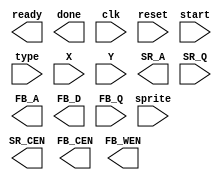
module SGDE ( ready, done, clk, reset, sprite, start, type, X, Y, SR_CEN, SR_A, SR_Q, FB_CEN, FB_WEN, FB_A, FB_D, FB_Q);

input clk, reset, sprite, start;
input [1:0] type;
input [5:0] X, Y;
input [12:0] SR_Q;
input [11:0] FB_Q;

output ready, done;
output SR_CEN, FB_CEN, FB_WEN;
output [8:0] SR_A;
output [11:0] FB_A, FB_D;

endmodule